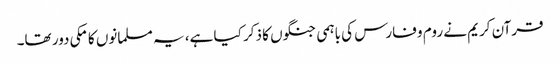
قرآن کریم نے روم و فارس کی باہمی جنگوں کا ذکر کیا ہے، یہ مسلمانوں کا مکی دور تھا۔